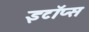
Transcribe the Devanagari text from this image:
इटॉप्स